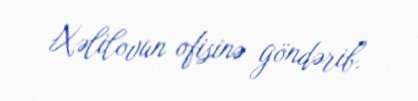
Xəlilovun ofisinə göndərib.